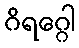
ဂိရဂ္ဂေါ